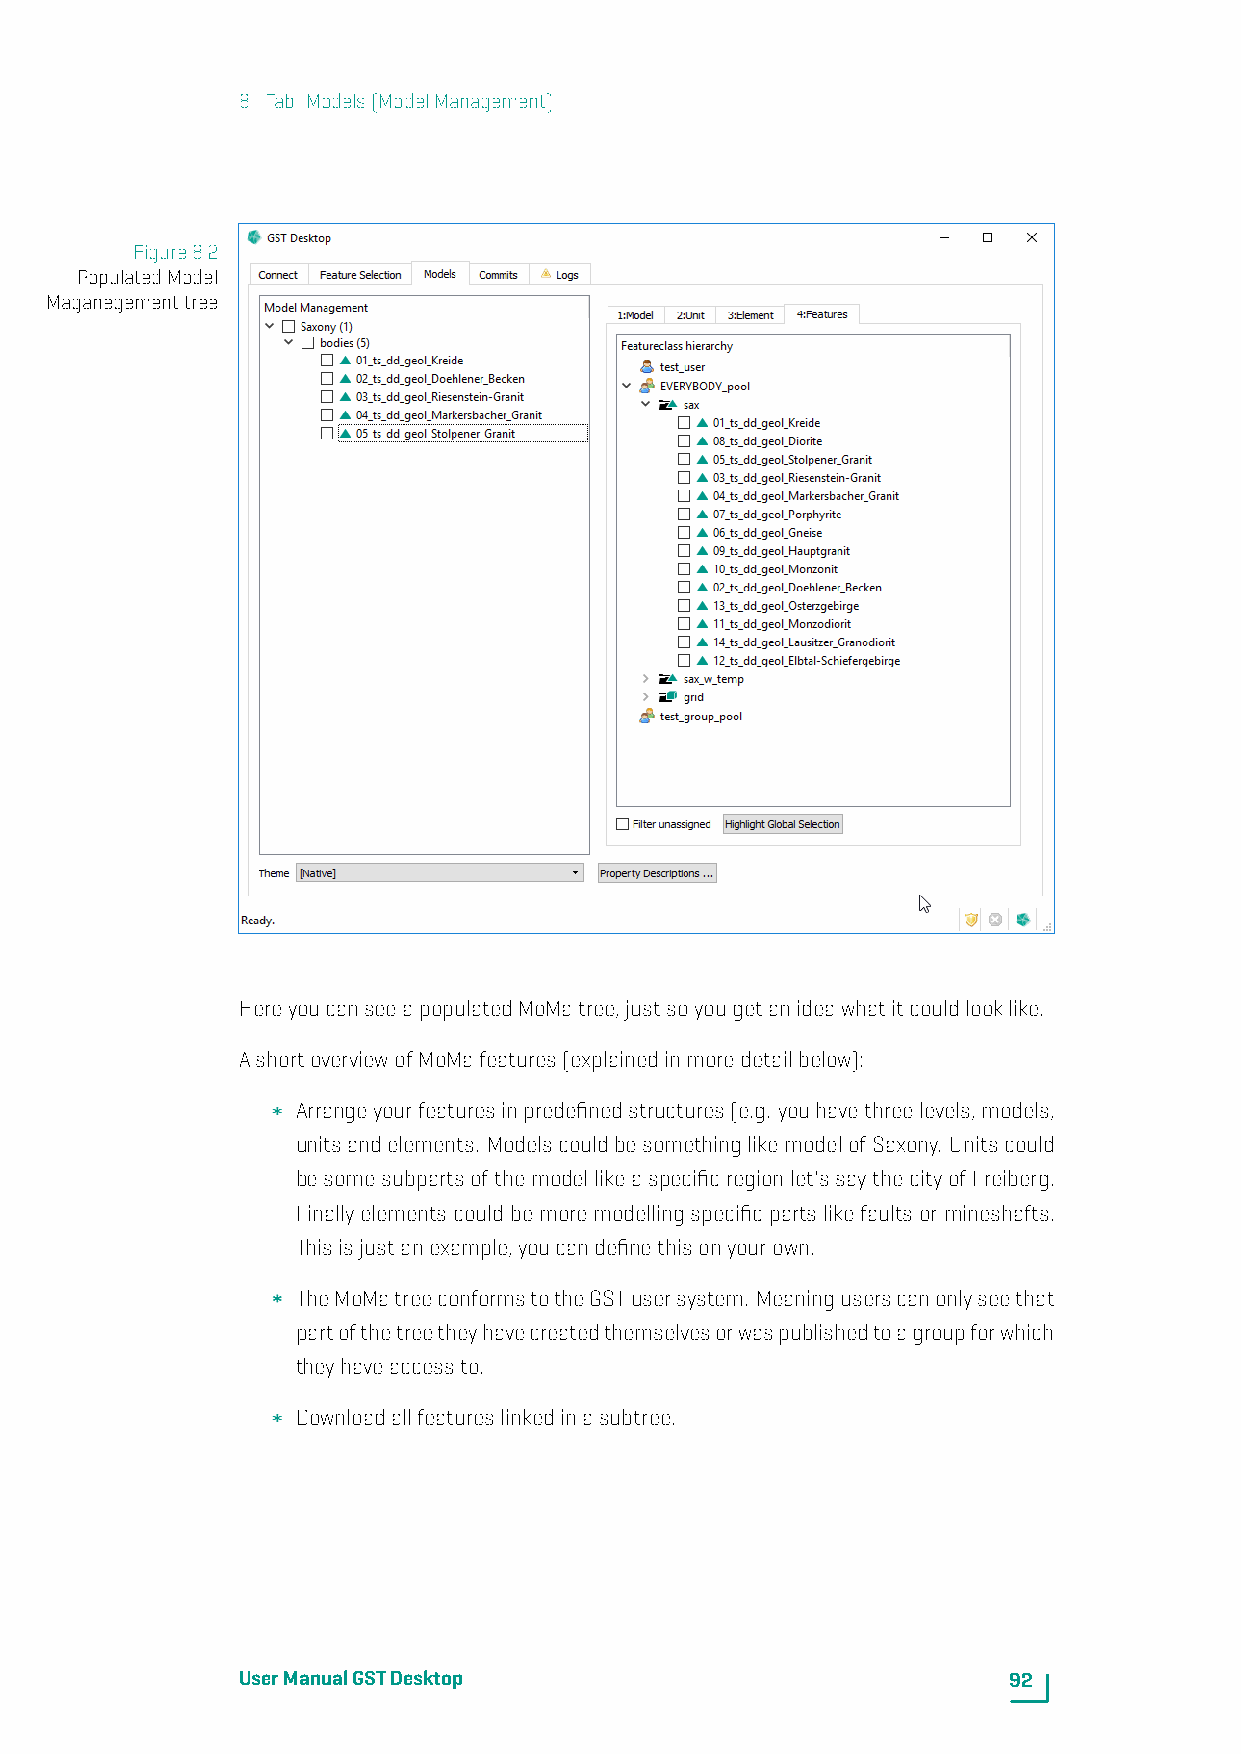
8. Tab: Models(ModelManagement)
 Figure8.2
 PopulatedModel
 Maganegementtree
 HereyoucanseeapopulatedMoMatree,justsoyougetanideawhatitcouldlooklike.
 AshortoverviewofMoMafeatures(explainedinmoredetailbelow):
 Arrangeyourfeaturesinpredefinedstructures(e.g. youhavethreelevels,models,
 unitsandelements. ModelscouldbesomethinglikemodelofSaxony. Unitscould
 besomesubpartsofthemodellikeaspecificregionlet'ssaythecityofFreiberg.
 Finallyelementscouldbemoremodellingspecificpartslikefaultsormineshafts.
 Thisisjustanexample,youcandefinethisonyourown.
 TheMoMatreeconformstotheGSTusersystem. Meaninguserscanonlyseethat
 partofthetreetheyhavecreatedthemselvesorwaspublishedtoagroupforwhich
 theyhaveaccessto.
 Downloadallfeatureslinkedinasubtree.
 UserManualGSTDesktop                               92